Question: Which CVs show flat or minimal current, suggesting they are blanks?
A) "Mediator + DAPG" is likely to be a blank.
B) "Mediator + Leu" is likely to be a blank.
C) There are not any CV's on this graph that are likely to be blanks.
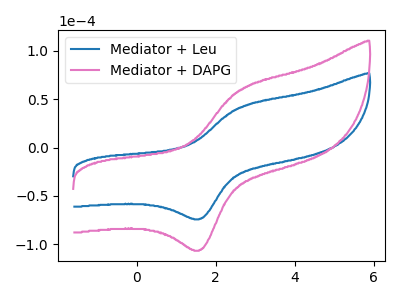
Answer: <think>The blue curve "Mediator + Leu" has an anodic peak at (2.60V, 41.10uA) and a cathodic peak at (1.60V, -73.65uA). The pink curve "Mediator + DAPG" has an anodic peak at (2.60V, 59.05uA) and a cathodic peak at (1.60V, -105.80uA).</think>
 <answer>C) There are not any CV's on this graph that are likely to be blanks.</answer>
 <eval>C</eval>